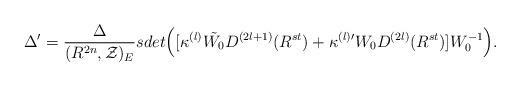
LaTeX: \begin{align*}\Delta '=\frac{\Delta}{(R^{2n},{\cal Z})_{E}} sdet\Bigl([\kappa^{(l)}\tilde{W_0}D^{(2l+1)} (R^{st}) +\kappa^{(l) \prime}W_0 D^{(2l)}(R^{st})]W^{-1}_0\Bigr).\end{align*}